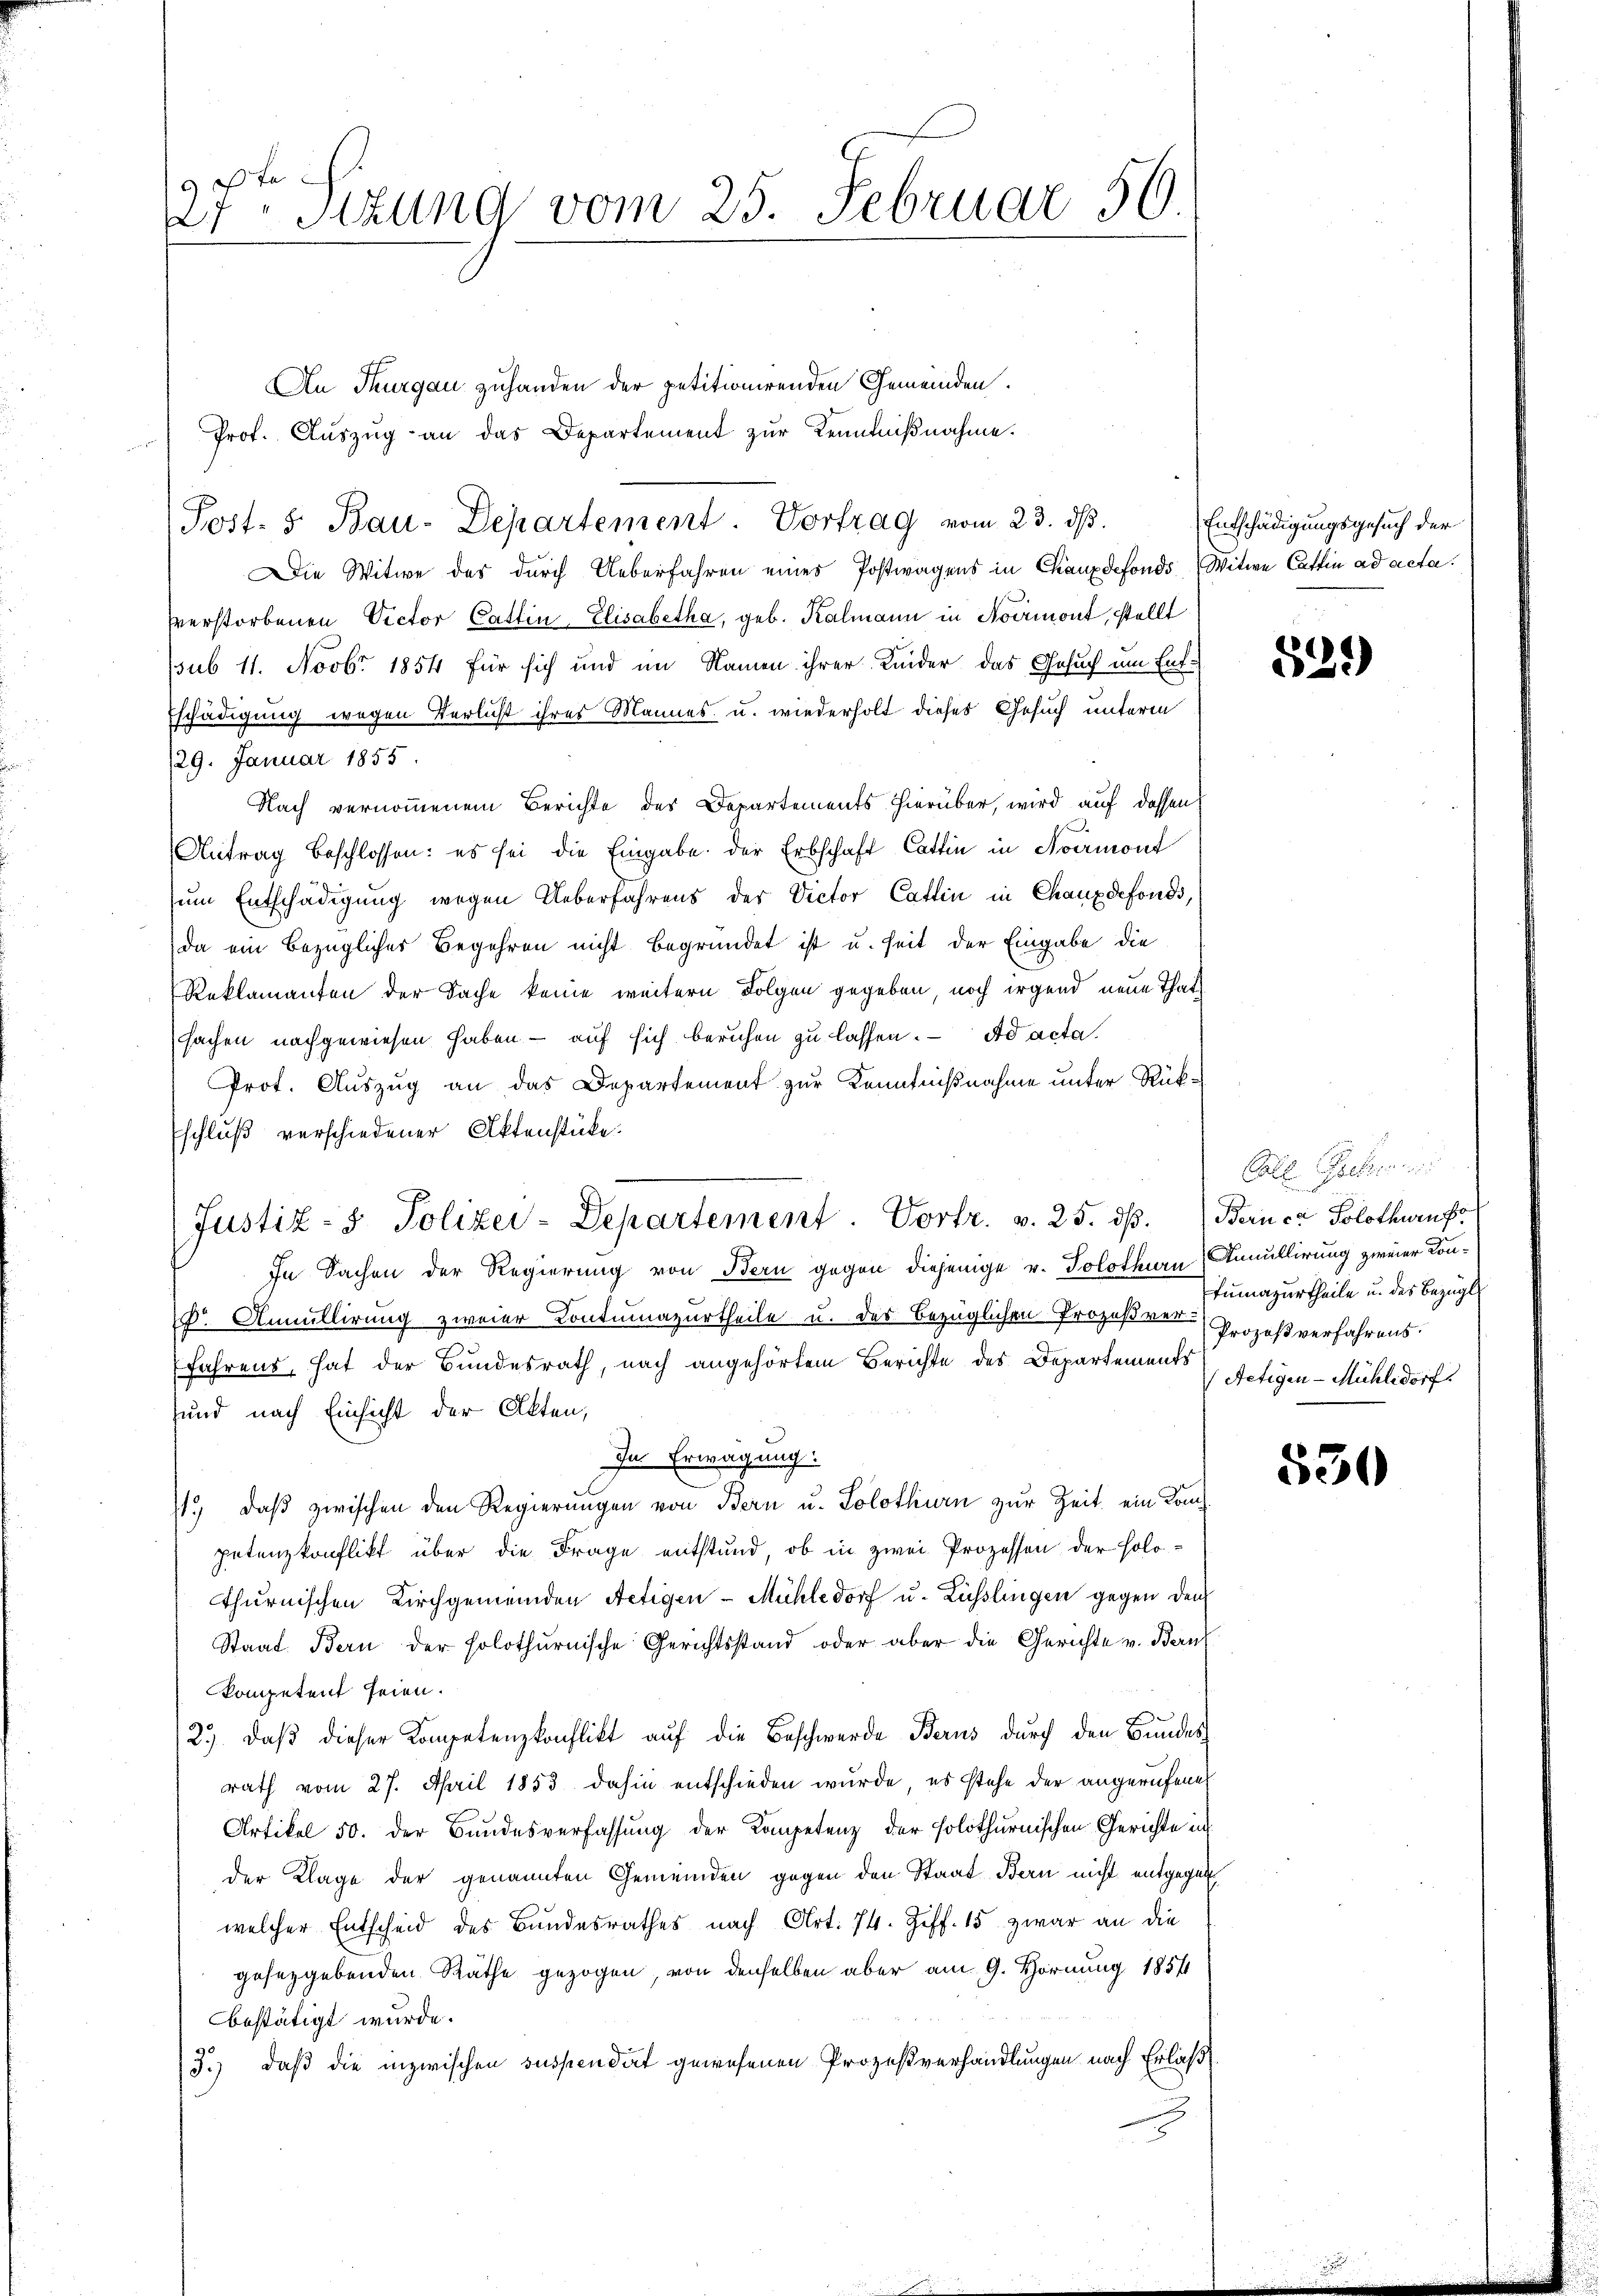
19 te
27sizung vom 25. Februar 56.

An Thurgau zuhanden der petitionirenden Gemeinden.
Prof. Auszug an das Departement zur Kenntnißnahme.
Die Witwe des durch Ueberfahren eines Postwagens in Chauxdefonds, Witwe Cattin ad acta.
sverstorbenen Victor Cattin-Elisabetha, geb. Kalmann in Normont, stellt
ssub 11. Novbr 1854 für sich und im Namen ihrer Kinder das Gesuch um Ent¬
Eschädigung wegen Verlicht ihres Mannes- u. wiederholt dieses Gesuch unterm
129. Januar 1855.
Nach vernommenem Berichte des Departements hierüber, wird auf dassen
Antrag beschlossen: es sei die Eingabe der Erbschaft Cattin in Noermont
zum Entschädigung wegen Ueberfahrens der Victor Cattin in Chauxdefonds,
da ein bezüglicher Begehren nicht begründet ist u. heit der Eingabe die
Reklamanten der Sache keine weitern Folgen gegeben, noch irgend neue That
sachen nachgewiesen haben - auf sich beruhen zu lassen. ad acta
Prot. Auszug an das Departement zur Kenntnißnahme unter Rück¬
Eschluß verschiedener Aktenstücke.
In Sachen der Regierung von Bern gegen diejenige v. Solothurn, Annullirung zweier Kon¬
Dr. Annullirung zweier Kontumazurtheile u. das bezüglichen Prozeße Prozeß verfahrens.
fahrens, hat der Bundesrath, nach angehörtem Berichte des Departements
sund nach Einsicht der Akten,
In Erwägung:
1., daβ zwischen den Regierŭngen von Bern u. Solothurn zur Zeit ein Kompetenzkonflikt über die Frage entstand, ob in zwei Prozessen der Holothurnischen Kirchgemeinden Aetigen-Mühledorf u. Lüsslingen gegen dem
Staat Bern der solothurnische Gerichtsstand oder aber die Gerichte v. Bern
kompetent seien.
23. daβ dieser Kompetenzkonflikt auf die Beschwerde Berus durch den Bundes
rath vom 27. April 1853 dahin entschieden wurde, es stehe der angerufenen
Artikel 50. der Bundesverfassung der Kompetenz der solothurnischen Gerichte in
der Klage der genannten Gemeinden gegen den Staat Bern nicht entgegen
welcher Entscheid des Bundesrathes nach Art. 74. Ziff. 15 zwar an die
gesetzgebenden Räthe gezogen, von denselben aber am 9. Hornung 1854
bestätigt wurde.
3.) daß die inzwischen suspendat gewesenen Prozeßverhandlungen nach Erlaß

Post- 5 Bau-Departement. Vortrag vom 23. ds.

(Justiz- & Polizei-Departement. Vortr. v. 25. dβ. (Berner Solothurnfe

Entschädigungsgesuch der

829)

Colle Gebrann
Jumazurtheile u. des Bezügl
Netigen-Mühledorf

530